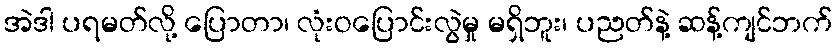
အဲဒါ ပရမတ်လို့ ပြောတာ၊ လုံးဝပြောင်းလွဲမှု မရှိဘူး၊ ပညတ်နဲ့ ဆန့်ကျင်ဘက်